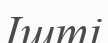
Ішті